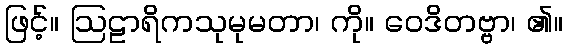
ဖြင့်။ ဩဠာရိကသုမုမတာ၊ ကို။ ဝေဒိတဗ္ဗာ၊ ၏။